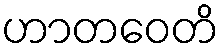
ဟာတဝေတိ